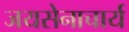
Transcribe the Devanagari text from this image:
जयसेनाचार्य